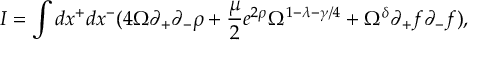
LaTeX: I = \int d x ^ { + } d x ^ { - } ( 4 \Omega \partial _ { + } \partial _ { - } \rho + \frac { \mu } { 2 } e ^ { 2 \rho } \Omega ^ { 1 - \lambda - \gamma / 4 } + \Omega ^ { \delta } \partial _ { + } f \partial _ { - } f ) ,